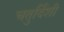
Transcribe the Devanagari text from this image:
चतुर्दिशी